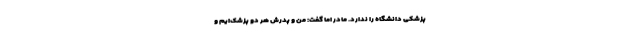
پزشکی دانشگاه را ندارد. مادر اما گفت: من و پدرش هر دو پزشک‌ایم و